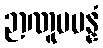
ဉာဏူပပန္နံ